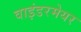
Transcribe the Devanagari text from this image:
वाइंडरमेयर